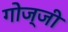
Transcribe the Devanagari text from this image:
गोज्जी